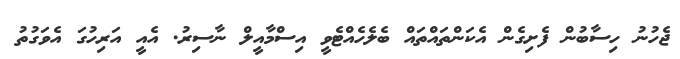
ޖެހުނު ހިސާބުން ފެށިގެން އެކަންތައްތައް ބެލެހެއްޓެވީ އިސްމާއީލް ނާސިރު. އެއީ އަރިހުގަ އެވަގުތު